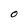
Character: O